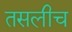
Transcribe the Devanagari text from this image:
तसलीच